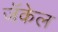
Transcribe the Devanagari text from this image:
जॅकेल